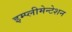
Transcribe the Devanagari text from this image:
इम्प्लीमेन्टेशन